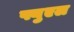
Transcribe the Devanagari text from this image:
फ्युएल